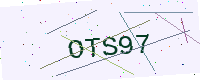
Text: OTS97